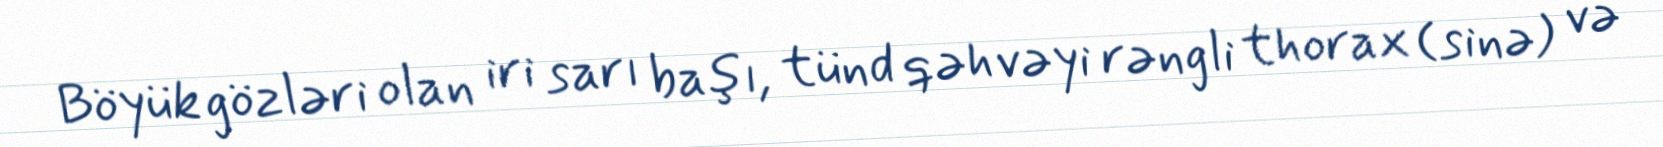
Böyük gözləri olan iri sarı başı, tünd qəhvəyi rəngli thorax (sinə) və